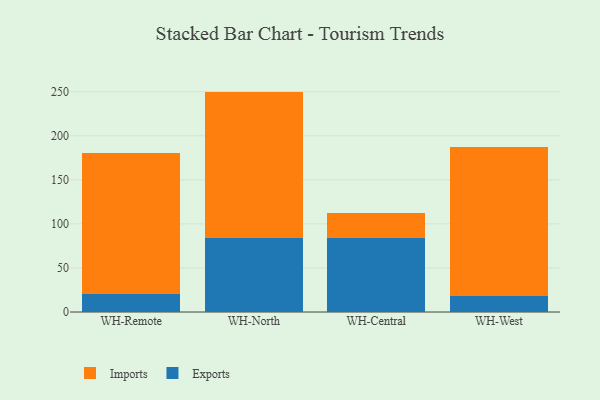
{"axis": {"x": "Warehouse", "y": "Headcount"}, "legend": ["Exports", "Imports"], "data": [{"x": "WH-Remote", "y": 20.2, "type": "Exports"}, {"x": "WH-Remote", "y": 160.2, "type": "Imports"}, {"x": "WH-North", "y": 83.5, "type": "Exports"}, {"x": "WH-North", "y": 166.7, "type": "Imports"}, {"x": "WH-Central", "y": 84.3, "type": "Exports"}, {"x": "WH-Central", "y": 28.0, "type": "Imports"}, {"x": "WH-West", "y": 18.3, "type": "Exports"}, {"x": "WH-West", "y": 169.4, "type": "Imports"}]}